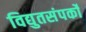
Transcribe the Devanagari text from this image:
विद्युतसंपर्कों